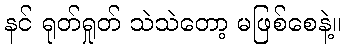
နင် ရုတ်ရှုတ် သဲသဲတော့ မဖြစ်စေနဲ့။